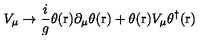
V _ { \mu } \rightarrow \frac { i } { g } \theta ( \mathrm { \boldmath r } ) \partial _ { \mu } \theta ( \mathrm { \boldmath r } ) + \theta ( \mathrm { \boldmath r } ) V _ { \mu } \theta ^ { \dag } ( \mathrm { \boldmath r } )